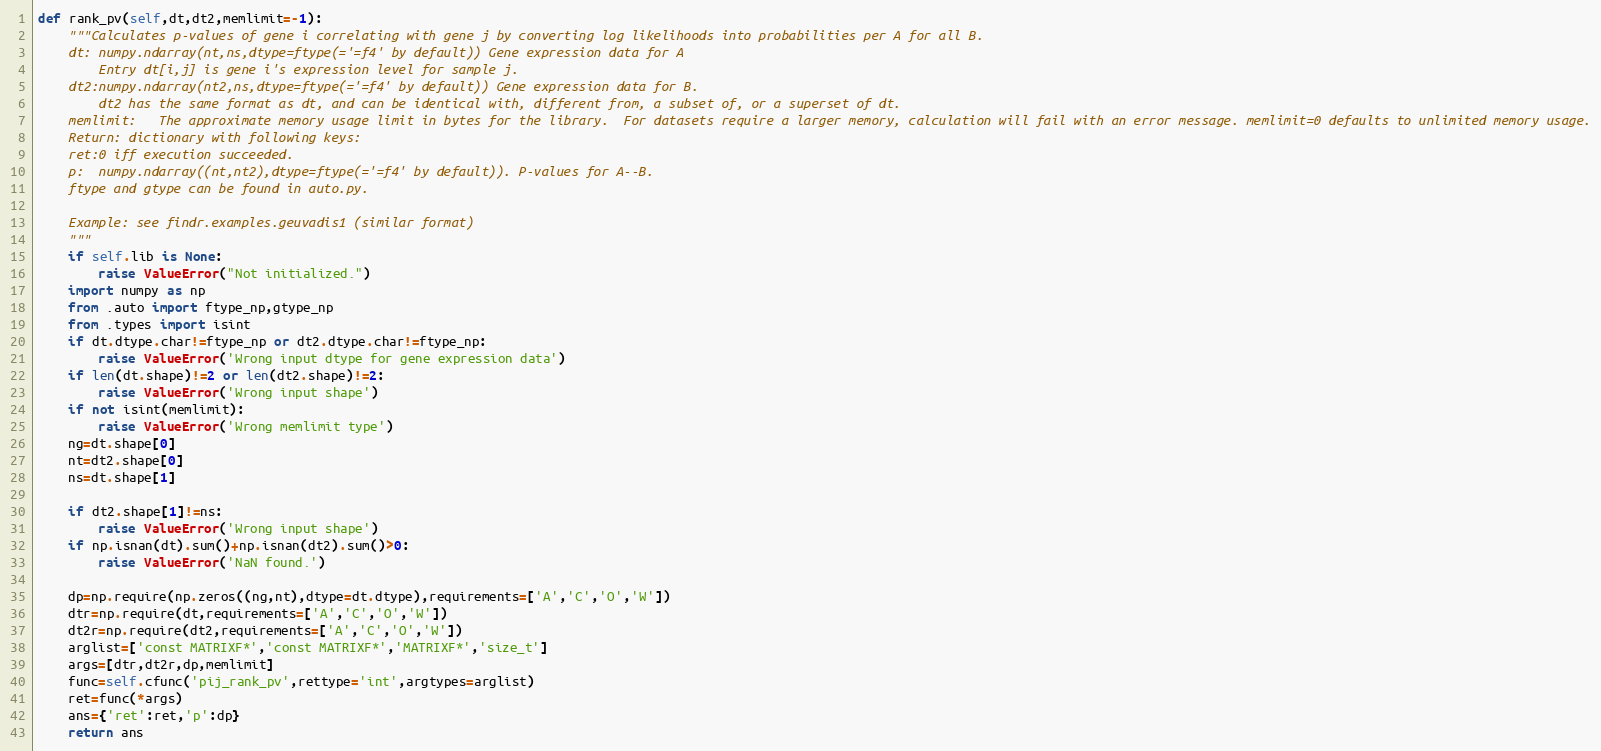
Language: Python
def rank_pv(self,dt,dt2,memlimit=-1):
	"""Calculates p-values of gene i correlating with gene j by converting log likelihoods into probabilities per A for all B.
	dt:	numpy.ndarray(nt,ns,dtype=ftype(='=f4' by default)) Gene expression data for A
		Entry dt[i,j] is gene i's expression level for sample j.
	dt2:numpy.ndarray(nt2,ns,dtype=ftype(='=f4' by default)) Gene expression data for B.
		dt2 has the same format as dt, and can be identical with, different from, a subset of, or a superset of dt.
	memlimit:	The approximate memory usage limit in bytes for the library.  For datasets require a larger memory, calculation will fail with an error message. memlimit=0 defaults to unlimited memory usage.
	Return:	dictionary with following keys:
	ret:0 iff execution succeeded.
	p:	numpy.ndarray((nt,nt2),dtype=ftype(='=f4' by default)). P-values for A--B.
	ftype and gtype can be found in auto.py.

	Example: see findr.examples.geuvadis1 (similar format)
	"""
	if self.lib is None:
		raise ValueError("Not initialized.")
	import numpy as np
	from .auto import ftype_np,gtype_np
	from .types import isint
	if dt.dtype.char!=ftype_np or dt2.dtype.char!=ftype_np:
		raise ValueError('Wrong input dtype for gene expression data')
	if len(dt.shape)!=2 or len(dt2.shape)!=2:
		raise ValueError('Wrong input shape')
	if not isint(memlimit):
		raise ValueError('Wrong memlimit type')
	ng=dt.shape[0]
	nt=dt2.shape[0]
	ns=dt.shape[1]

	if dt2.shape[1]!=ns:
		raise ValueError('Wrong input shape')
	if np.isnan(dt).sum()+np.isnan(dt2).sum()>0:
		raise ValueError('NaN found.')

	dp=np.require(np.zeros((ng,nt),dtype=dt.dtype),requirements=['A','C','O','W'])
	dtr=np.require(dt,requirements=['A','C','O','W'])
	dt2r=np.require(dt2,requirements=['A','C','O','W'])
	arglist=['const MATRIXF*','const MATRIXF*','MATRIXF*','size_t']
	args=[dtr,dt2r,dp,memlimit]
	func=self.cfunc('pij_rank_pv',rettype='int',argtypes=arglist)
	ret=func(*args)
	ans={'ret':ret,'p':dp}
	return ans